Indian journal of veterinary science and animal husbandry - Volume 3,
Year: 1933
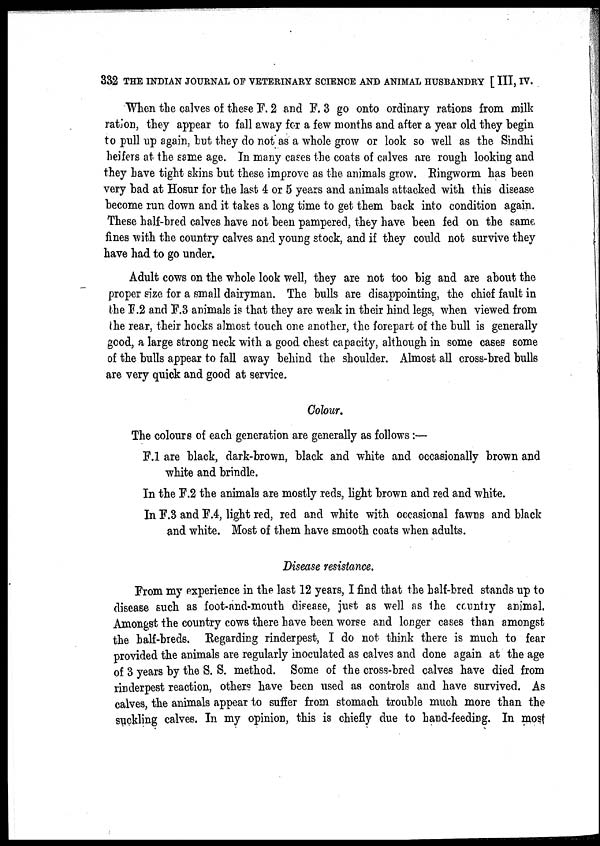
332 THE INDIAN JOURNAL OF VETERINARY SCIENCE AND ANIMAL HUSBANDRY [ III, IV.
When the calves of these F. 2 and F. 3 go onto ordinary rations from milk
ration, they appear to fall away for a few months and after a year old they begin
to pull up again, but they do not as a whole grow or look so well as the Sindhi
heifers at the same age. In many cases the coats of calves are rough looking and
they have tight skins but these improve as the animals grow. Ringworm has been
very bad at Hosur for the last 4 or 5 years and animals attacked with this disease
become run down and it takes a long time to get them back into condition again.
These half-bred calves have not been pampered, they have been fed on the same
fines with the country calves and young stock, and if they could not survive they
have had to go under.
Adult cows on the whole look well, they are not too big and are about the
proper size for a small dairyman. The bulls are disappointing, the chief fault in
the F.2 and F.3 animals is that they are weak in their hind legs, when viewed from
the rear, their hocks almost touch one another, the forepart of the bull is generally
good, a large strong neck with a good chest capacity, although in some cases some
of the bulls appear to fall away behind the shoulder. Almost all cross-bred bulls
are very quick and good at service.
Colour.
The colours of each generation are generally as follows:—
F.1 are black, dark-brown, black and white and occasionally brown and
white and brindle.
In the F.2 the animals are mostly reds, light brown and red and white.
In F.3 and F.4, light red, red and white with occasional fawns and black
and white. Most of them have smooth coats when adults.
Disease resistance.
From my experience in the last 12 years, I find that the half-bred stands up to
disease such as foot-and-mouth disease, just as well as the country animal.
Amongst the country cows there have been worse and longer cases than amongst
the half-breds. Regarding rinderpest, I do not think there is much to fear
provided the animals are regularly inoculated as calves and done again at the age
of 3 years by the S. S. method. Some of the cross-bred calves have died from
rinderpest reaction, others have been used as controls and have survived. As
calves, the animals appear to suffer from stomach trouble much more than the
suckling calves. In my opinion, this is chiefly due to hand-feeding. In most